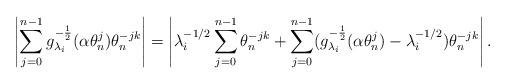
LaTeX: \begin{align*}\left|\sum\limits_{j=0}^{n-1}g_{\lambda_i}^{-\frac{1}{2}}(\alpha\theta_n^{j})\theta_n^{-jk}\right|&=\left|\lambda_i^{-1/2}\sum\limits_{j=0}^{n-1}\theta_n^{-jk}+\sum\limits_{j=0}^{n-1}(g_{\lambda_i}^{-\frac{1}{2}}(\alpha\theta_n^{j})-\lambda_i^{-1/2})\theta_n^{-jk}\right|.\end{align*}